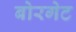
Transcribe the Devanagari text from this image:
बोरगेट